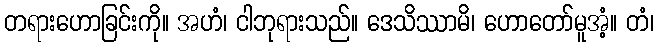
တရားဟောခြင်းကို။ အဟံ၊ ငါဘုရားသည်။ ဒေသိဿာမိ၊ ဟောတော်မူအံ့။ တံ၊